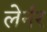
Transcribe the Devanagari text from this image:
लेर्नर